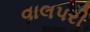
વાલપરી